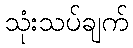
သုံးသပ်ချက်